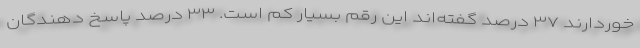
خوردارند ۳۷ درصد گفته‌اند این رقم بسیار کم است. ۳۳ درصد پاسخ دهندگان